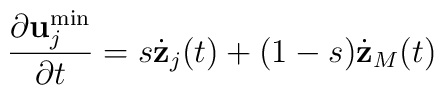
\frac{\partial {\bf u}_j^{\min} }{\partial t} = s \dot{{\bf z}}_j(t)+ (1-s) \dot{{\bf z}}_M(t)